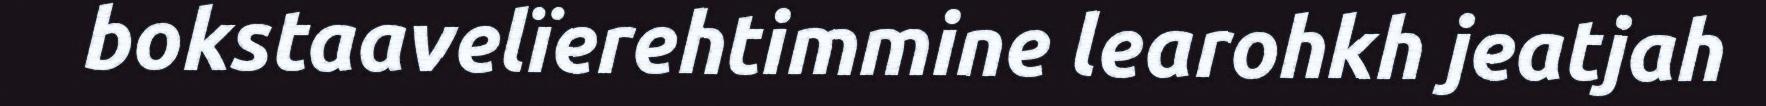
bokstaavelïerehtimmine learohkh jeatjah